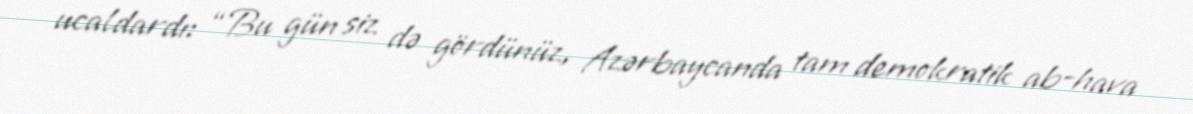
ucaldardı: “Bu gün siz də gördünüz, Azərbaycanda tam demokratik ab-hava